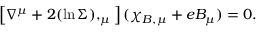
\left[ \nabla ^ { \mu } + 2 ( \ln \Sigma ) , _ { \mu } \right] ( \chi _ { B , \mu } + e B _ { \mu } ) = 0 .